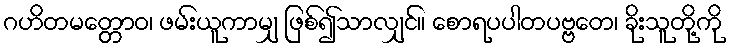
ဂဟိတမတ္တောဝ၊ ဖမ်းယူကာမျှ ဖြစ်၍သာလျှင်။ စောရပပါတပဗ္ဗတေ၊ ခိုးသူတို့ကို